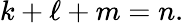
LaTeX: k+\ell+m=n.